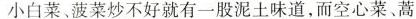
小白菜，菠菜炒不好就有一股泥土味道，而空心菜、蒿